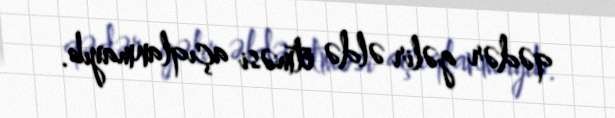
qədər gəlir əldə etməsi açıqlanmayıb.